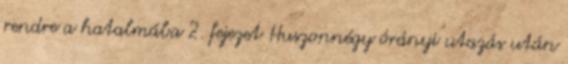
rendre a hatalmába 2. fejezet Huszonnégy órányi utazás után